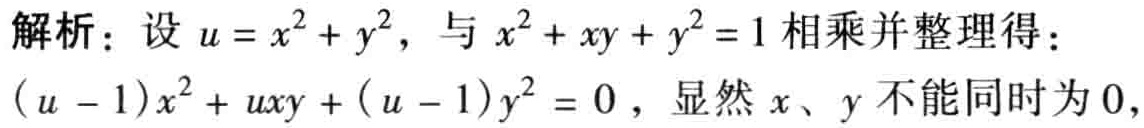
解析：设\(u = x^{2}+y^{2}\)，与\(x^{2}+xy + y^{2}=1\)相乘并整理得：\((u - 1)x^{2}+uxy+(u - 1)y^{2}=0\)，显然\(x\)、\(y\)不能同时为\(0\)，